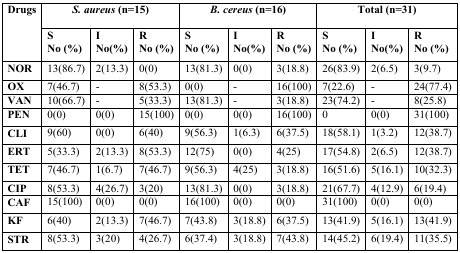
| <ROWSPAN=2> Drugs | <COLSPAN=3> S. aureus (n=15) | <COLSPAN=3> B. cereus (n=16) | <COLSPAN=3> Total (n=31) |
 | S No (%) | I No(%) | R No (%) | S No (%) | I No(%) | R No (%) | S No (%) | I No(%) | R No (%) |
 | --- | --- | --- | --- | --- | --- | --- | --- | --- | --- |
 | NOR | 13(86.7) | 2(13.3) | 0(0) | 13(81.3) | 0(0) | 3(18.8) | 26(83.9) | 2(6.5) | 3(9.7) |
 | OX | 7(46.7) | - | 8(53.3) | 0(0) | - | 16(100) | 7(22.6) | - | 24(77.4) |
 | VAN | 10(66.7) | - | 5(33.3) | 13(81.3) | - | 3(18.8) | 23(74.2) | - | 8(25.8) |
 | PEN | 0(0) | 0(0) | 15(100) | 0(0) | 0(0) | 16(100) | 0 | 0(0) | 31(100) |
 | CLI | 9(60) | 0(0) | 6(40) | 9(56.3) | 1(6.3) | 6(37.5) | 18(58.1) | 1(3.2) | 12(38.7) |
 | ERT | 5(33.3) | 2(13.3) | 8(53.3) | 12(75) | 0(0) | 4(25) | 17(54.8) | 2(6.5) | 12(38.7) |
 | TET | 7(46.7) | 1(6.7) | 7(46.7) | 9(56.3) | 4(25) | 3(18.8) | 16(51.6) | 5(16.1) | 10(32.3) |
 | CIP | 8(53.3) | 4(26.7) | 3(20) | 13(81.3) | 0(0) | 3(18.8) | 21(67.7) | 4(12.9) | 6(19.4) |
 | CAF | 15(100) | 0(0) | 0(0) | 16(100) | 0(0) | 0(0) | 31(100) | 0(0) | 0(0) |
 | KF | 6(40) | 2(13.3) | 7(46.7) | 7(43.8) | 3(18.8) | 6(37.5) | 13(41.9) | 5(16.1) | 13(41.9) |
 | STR | 8(53.3) | 3(20) | 4(26.7) | 6(37.4) | 3(18.8) | 7(43.8) | 14(45.2) | 6(19.4) | 11(35.5) |